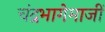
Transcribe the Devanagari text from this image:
चंद्रभागेमाजीं